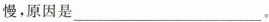
慢，原因是___。